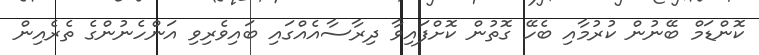
ކޮންޑަމް ބޭނުން ކުރުމާއި ބެހޭ ގޮތުން ކޮށްފައިވާ ދިރާސާއެއްގައި ބައިވެރިވި އަންހެނުންގެ ތެރެއިން